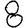
Digit: 8